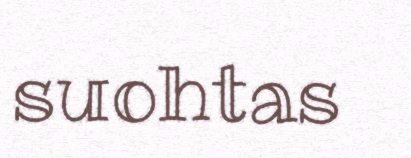
suohtas